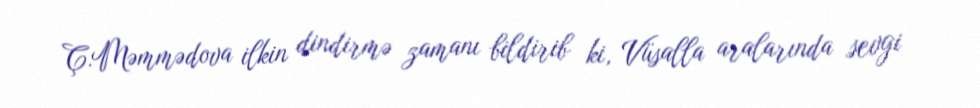
Ç.Məmmədova ilkin dindirmə zamanı bildirib ki, Vüsalla aralarında sevgi